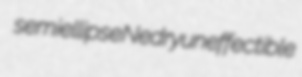
semiellipse Nedry uneffectible